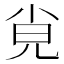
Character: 𡭪